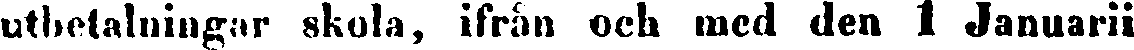
utbetalningar skola, ifrån och med den 1 Januarii